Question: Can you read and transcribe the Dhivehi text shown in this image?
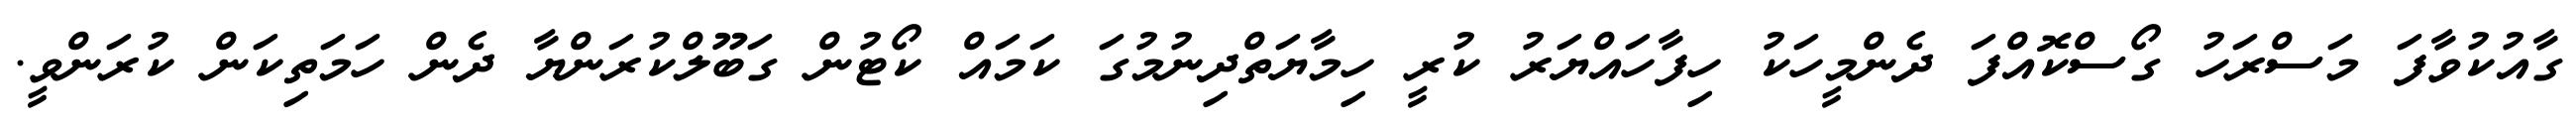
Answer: ގާއުކުވާފަ މަސްރަހު ގޯސްކޮއްފަ ދެންމީހަކު ހިފާހައްޔަރު ކުރީ ހިމާޔަތްދިނުމުގަ ކަމައް ކޯޓުން ގަބޫލްކުރަންޔާ ދެން ހަމަތިކަން ކުރަންވީ.